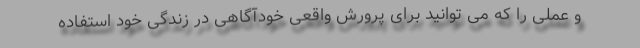
و عملی را که می توانید برای پرورش واقعی خودآگاهی در زندگی خود استفاده